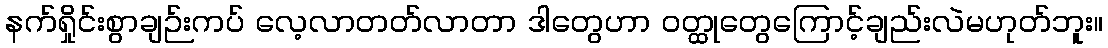
နက်ရှိုင်းစွာချဉ်းကပ် လေ့လာတတ်လာတာ ဒါတွေဟာ ဝတ္ထုတွေကြောင့်ချည်းလဲမဟုတ်ဘူး။